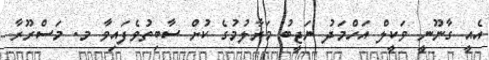
އެއީ ގާނޫނީ ވަކީލް އަހްމަދު ނަޖީބު މަރާލުމުގެ ކުށް ސާބިތުވެފައިވާ މ. މަސްރޫރާ